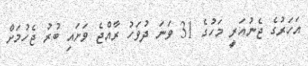
އަހަރުގެ ޖެނުއަރީ މަހުގެ 31 ވަނަ ދުވަހު ރާއްޖެ ވަށައި ބުރު ޖެހުމަށް